Elephants and their diseases
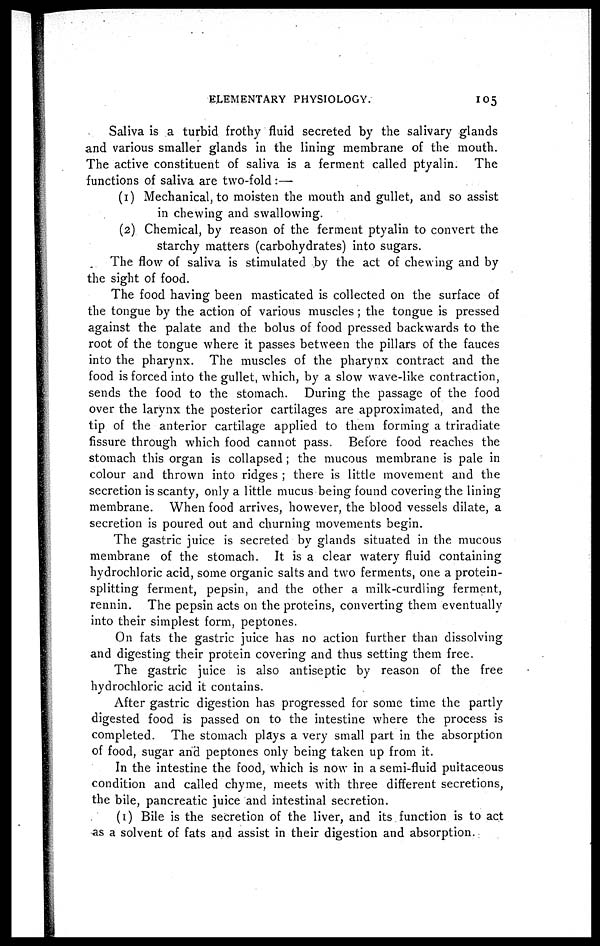
ELEMENTARY PHYSIOLOGY.
105
Saliva is a turbid frothy fluid secreted by the salivary glands
and various smaller glands in the lining membrane of the mouth.
The active constituent of saliva is a ferment called ptyalin. The
functions of saliva are two-fold :—
(1) Mechanical, to moisten the mouth and gullet, and so assist
in chewing and swallowing.
(2) Chemical, by reason of the ferment ptyalin to convert the
starchy matters (carbohydrates) into sugars.
The flow of saliva is stimulated by the act of chewing and by
the sight of food.
The food having been masticated is collected on the surface of
the tongue by the action of various muscles ; the tongue is pressed
against the palate and the bolus of food pressed backwards to the
root of the tongue where it passes between the pillars of the fauces
into the pharynx. The muscles of the pharynx contract and the
food is forced into the gullet, which, by a slow wave-like contraction,
sends the food to the stomach. During the passage of the food
over the larynx the posterior cartilages are approximated, and the
tip of the anterior cartilage applied to them forming a triradiate
fissure through which food cannot pass. Before food reaches the
stomach this organ is collapsed ; the mucous membrane is pale in
colour and thrown into ridges ; there is little movement and the
secretion is scanty, only a little mucus being found covering the lining
membrane. When food arrives, however, the blood vessels dilate, a
secretion is poured out and churning movements begin.
The gastric juice is secreted by glands situated in the mucous
membrane of the stomach. It is a clear watery fluid containing
hydrochloric acid, some organic salts and two ferments, one a protein-
splitting ferment, pepsin, and the other a milk-curdling ferment,
rennin. The pepsin acts on the proteins, converting them eventually
into their simplest form, peptones.
On fats the gastric juice has no action further than dissolving
and digesting their protein covering and thus setting them free.
The gastric juice is also antiseptic by reason of the free
hydrochloric acid it contains.
After gastric digestion has progressed for some time the partly
digested food is passed on to the intestine where the process is
completed. The stomach plays a very small part in the absorption
of food, sugar and peptones only being taken up from it.
In the intestine the food, which is now in a semi-fluid puitaceous
condition and called chyme, meets with three different secretions,
the bile, pancreatic juice and intestinal secretion.
(1) Bile is the secretion of the liver, and its function is to act
as a solvent of fats and assist in their digestion and absorption.